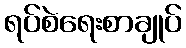
ရပ်စဲရေးစာချုပ်